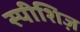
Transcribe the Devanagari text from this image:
स्पीशिज़